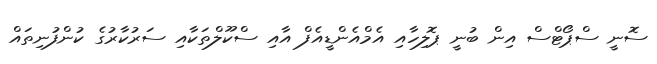
ސޮނީ ސްޕޯޓްސް އިން ބުނީ ޕޮލިހާއި އެމްއެންޑީއެފް އާއި ސްކޫލްތަކާއި ސަރުކާރުގެ ކުންފުނިތައް